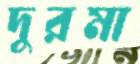
দুরমা